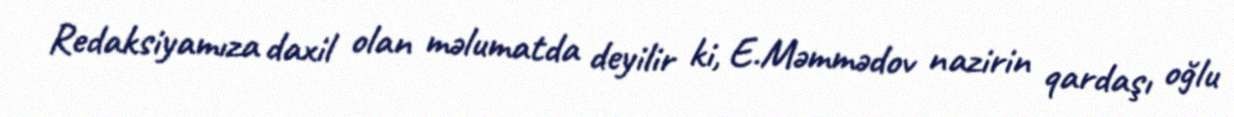
Redaksiyamıza daxil olan məlumatda deyilir ki, E.Məmmədov nazirin qardaşı oğlu